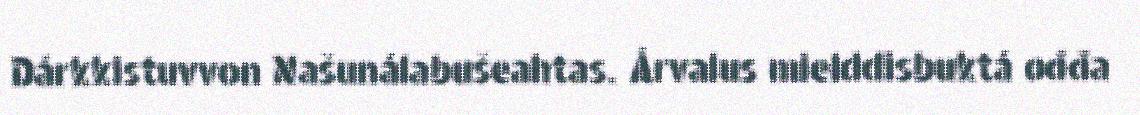
Dárkkistuvvon Našunálabušeahtas. Árvalus mielddisbuktá ođđa